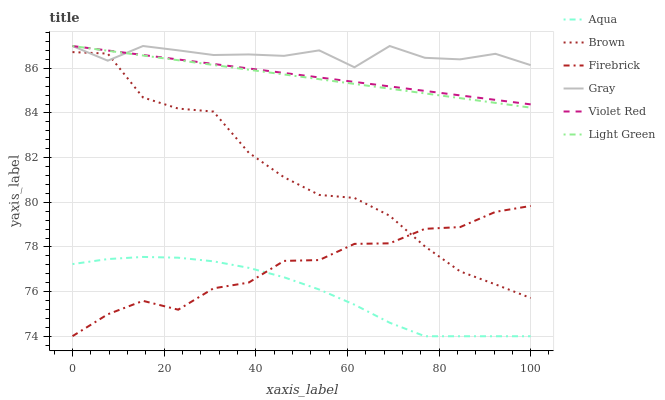
| xaxis_label | Aqua | Brown | Firebrick | Gray | Violet Red | Light Green |
 | --- | --- | --- | --- | --- | --- | --- |
 | 0 | 77.2 | 86.7 | 74 | 87 | 87 | 87 |
 | 7.69 | 77.5 | 86.7 | 75 | 86.3 | 86.8 | 86.8 |
 | 15.4 | 77.6 | 84.7 | 75.6 | 87 | 86.6 | 86.6 |
 | 23.1 | 77.5 | 84.2 | 75.2 | 86.8 | 86.4 | 86.4 |
 | 30.8 | 77.4 | 84.1 | 76.1 | 86.6 | 86.2 | 86.2 |
 | 38.5 | 77.1 | 82.2 | 76.4 | 86.6 | 86 | 85.9 |
 | 46.2 | 76.6 | 81.1 | 77.4 | 86.6 | 85.8 | 85.7 |
 | 53.8 | 76.1 | 80.3 | 77.4 | 86.8 | 85.6 | 85.5 |
 | 61.5 | 75.4 | 80.2 | 78.1 | 86 | 85.4 | 85.3 |
 | 69.2 | 74.6 | 79.4 | 78.2 | 87 | 85.2 | 85.1 |
 | 76.9 | 74 | 78 | 78.8 | 86.5 | 85 | 84.9 |
 | 84.6 | 74 | 76.9 | 78.9 | 86.4 | 84.8 | 84.7 |
 | 92.3 | 74 | 76.3 | 79.6 | 86.7 | 84.6 | 84.5 |
 | 100 | 74 | 75.7 | 79.8 | 86.1 | 84.4 | 84.2 |